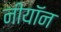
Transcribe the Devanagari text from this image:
नीयॉन